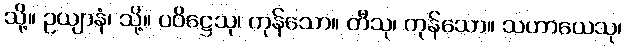
သို့။ ဥယျာနံ၊ သို့။ ပဝိဋ္ဌေသု၊ ကုန်သော။ တီသု၊ ကုန်သော။ သဟာယေသု၊